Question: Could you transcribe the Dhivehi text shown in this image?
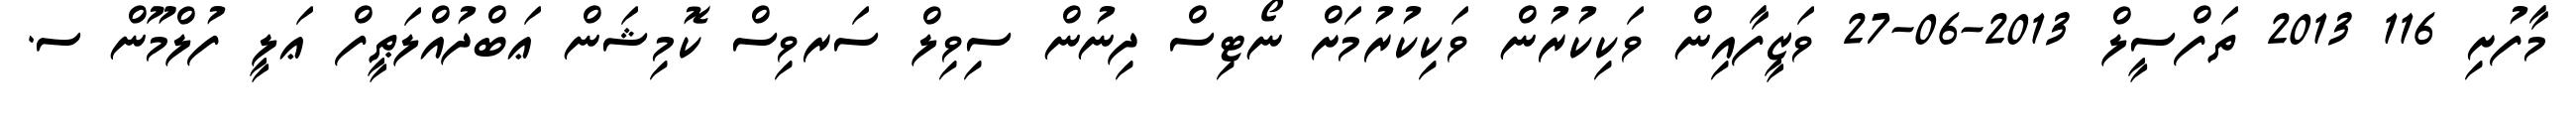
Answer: މާފުށި 116 2013 ތަފްސީލް 2013-06-27 ވަޒީފާއިން ވަކިކުރުން ވަކިކުރުމަށް ނޯޓިސް ދިނުން ސިވިލް ސަރވިސް ކޮމިޝަން ޢަބްދުއްލަޠީފް ޢަލީ ފުލްމޫން ސ.